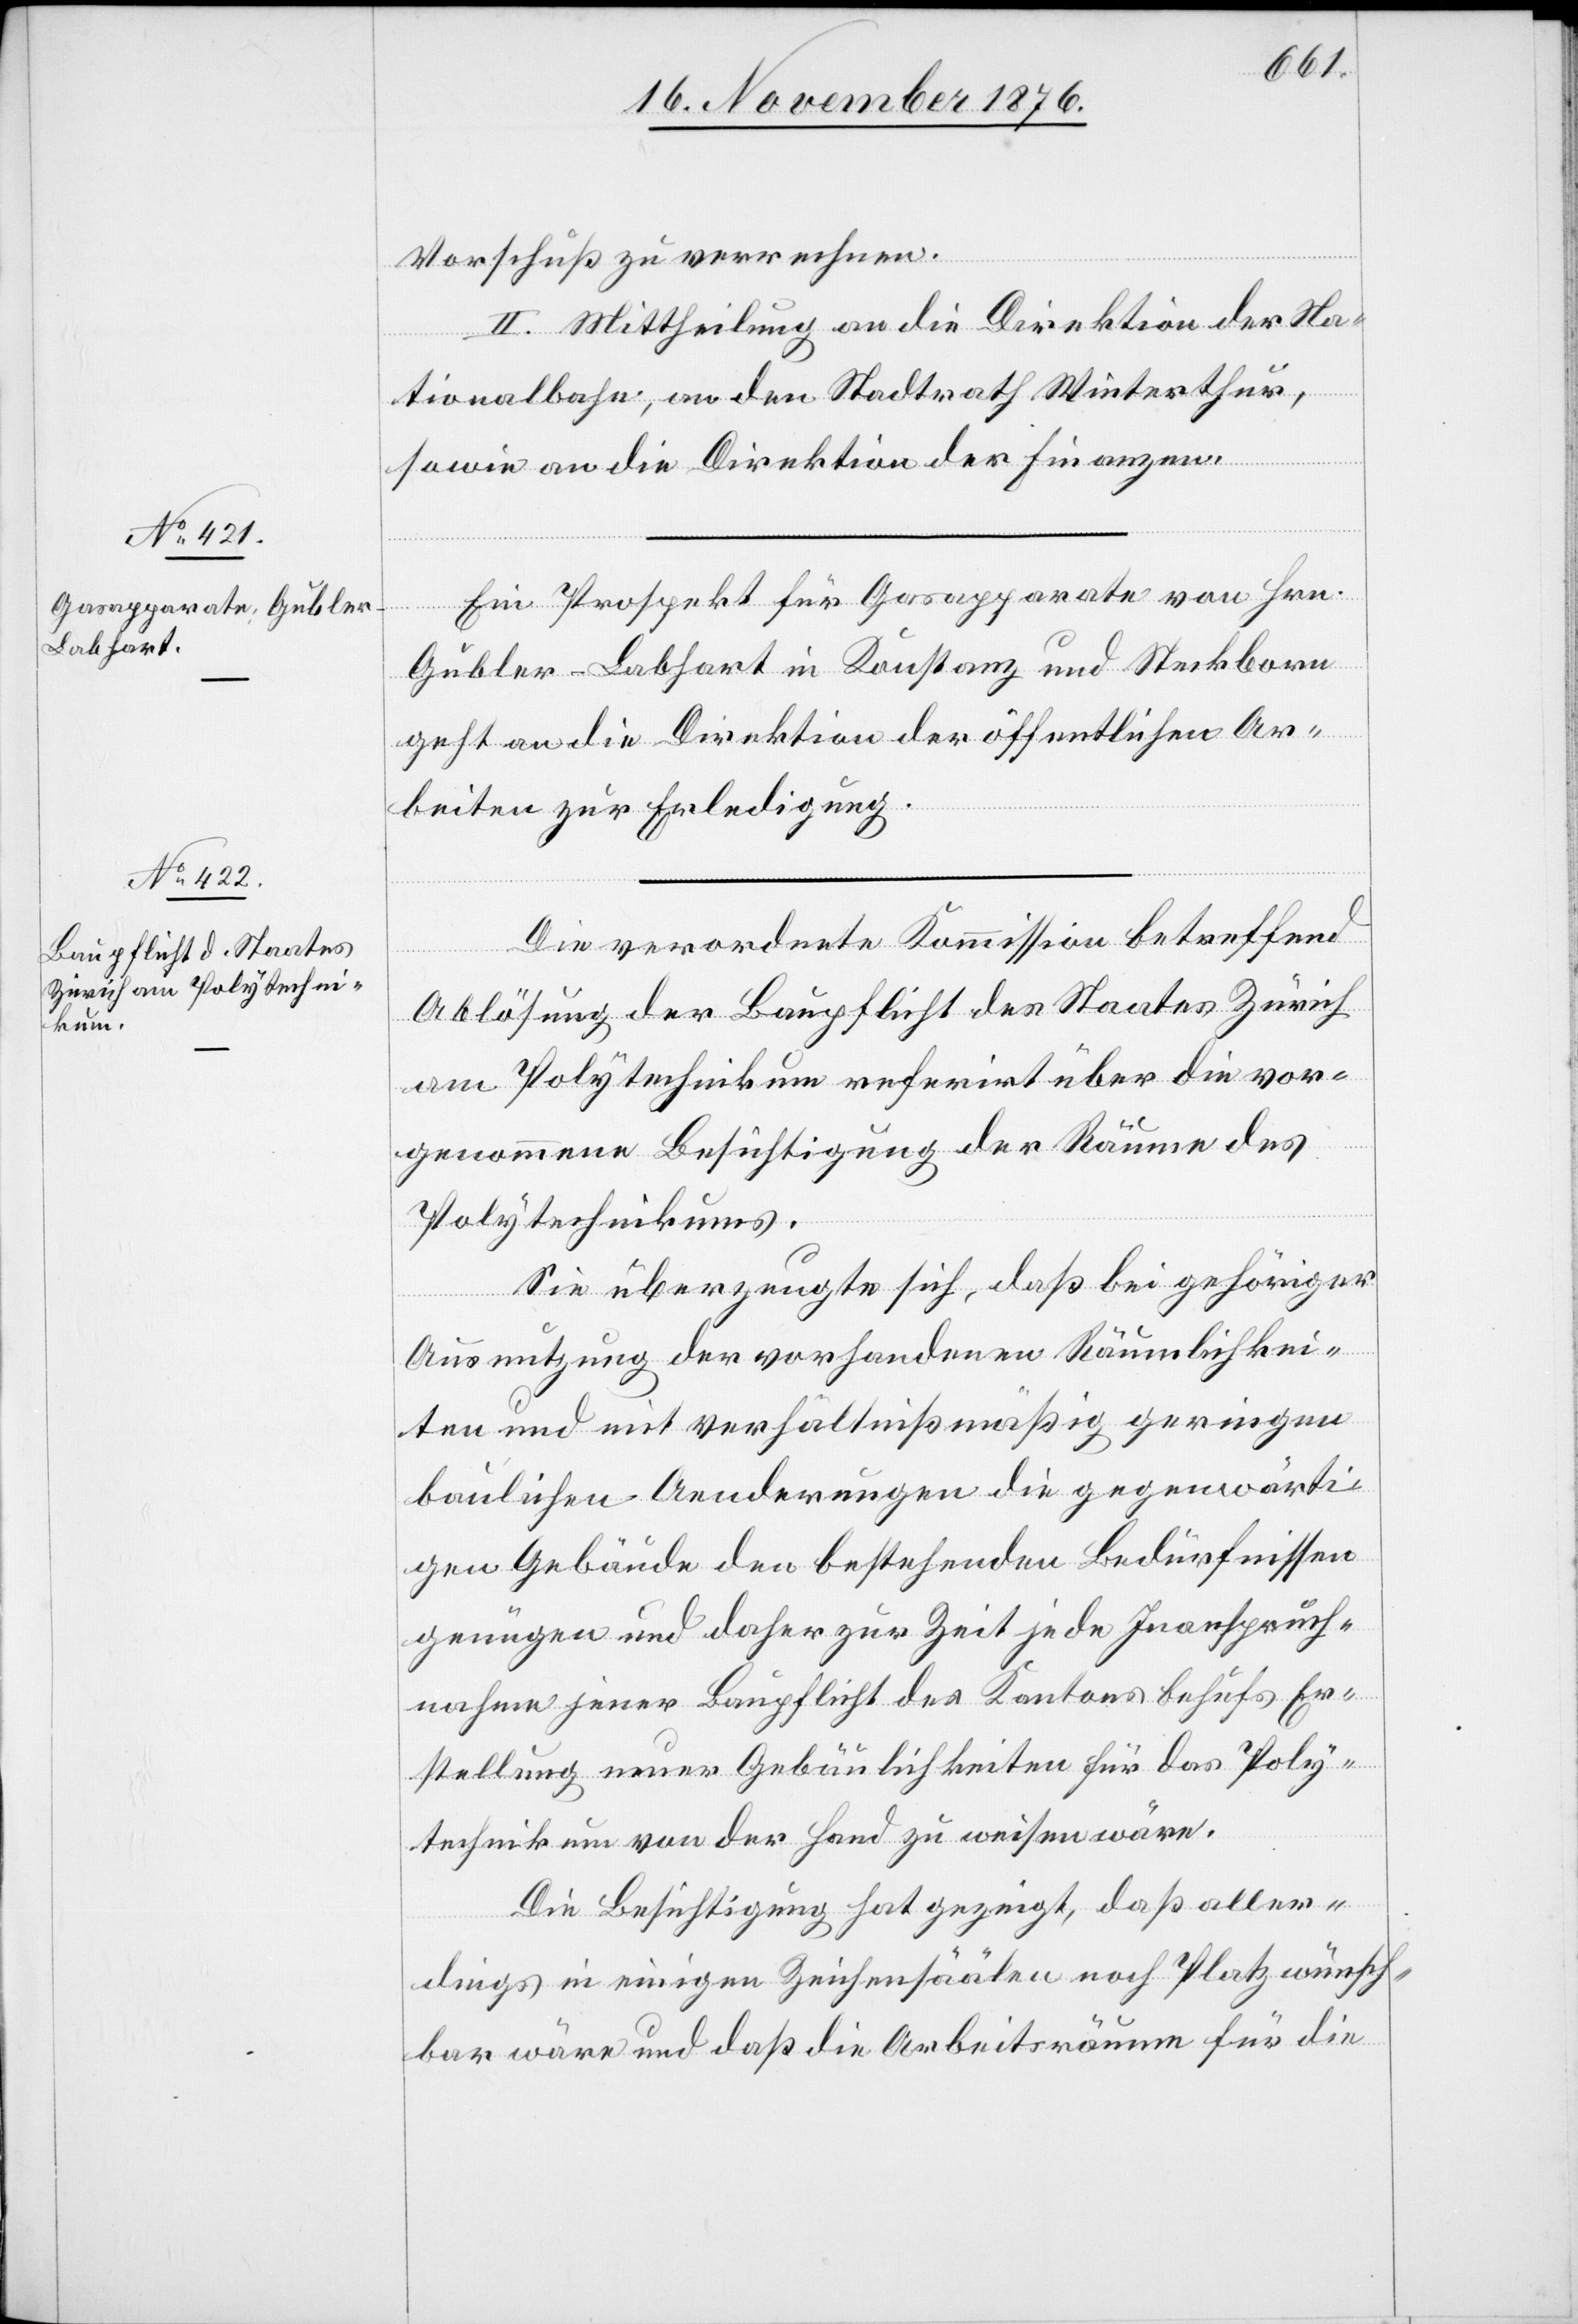
Vorschuß zu verrechnen.
II. Mittheilung an die Direktion der Na¬
tionalbahn, an den Stadtrath Winterthur,
sowie an die Direktion der Finanzen.
Ein Prospekt für Gasapparate von Hrn.
Gubler-Labhart in Konstanz und Steckborn
geht an die Direktion der öffentlichen Ar¬
beiten zur Erledigung.
Die verordnete Kommission betreffend
Ablösung der Baupflicht des Staates Zürich
am Polytechnikum referirt über die vor¬
genommene Besichtigung der Räume des
Polytechnikums.
Die überzeugte sich, daß bei gehöriger
Ausnutzung der vorhandenen Räumlichkei¬
ten und mit verhältnißmäßig geringen
baulichen Aenderungen die gegenwärti¬
gen Gebäude den bestehenden Bedürfnissen
genügen und daher zur Zeit jede Inanspruch¬
nahme jener Baupflicht des Kantons behufs Er¬
stellung neuer Gebäulichkeiten für das Poly¬
technikum von der Hand zu weisen wäre.
Die Besichtigung hat gezeigt, daß aller¬
dings in einigen Zeichensäälen noch Platz wünsch¬
bar wäre und daß die Arbeitsräume für die